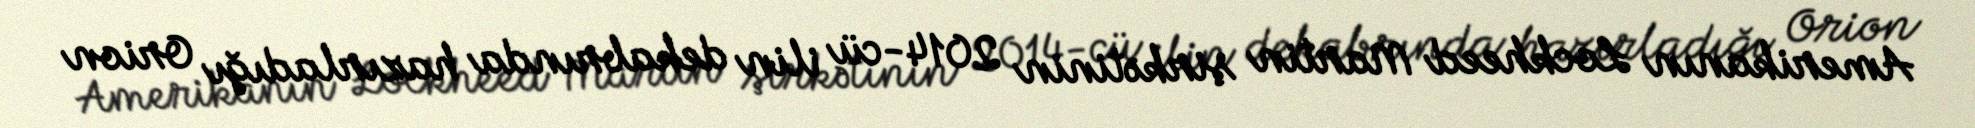
Amerikanın Lockheed Martin şirkətinin 2014-cü ilin dekabrında hazırladığı Orion